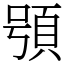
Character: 䪽